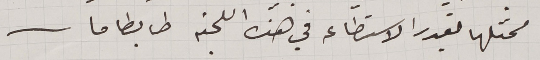
ممثلها بقدر الاستطاعه في هذه اللجنة ضابطا ما.